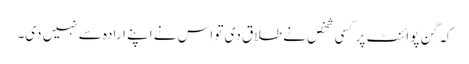
کہ گن پوائنٹ پر کسی شخص نے طلاق دی تو اس نے اپنے ارادہ سے نہیں دی۔